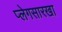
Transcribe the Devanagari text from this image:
प्लेगसारखा